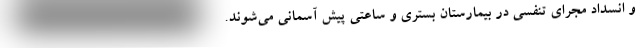
و انسداد مجرای تنفسی در بیمارستان بستری و ساعتی پیش آسمانی می‌شوند.